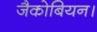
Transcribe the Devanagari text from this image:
जैकोबियन।